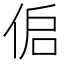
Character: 𰂌